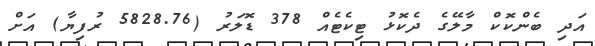
އަދި ބެންކޮކް މާލޭގެ ދެކޮޅު ޓިކެޓެއް 378 ޑޮލަރު (5828.76 ރުފިޔާ) އަށް